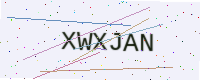
Text: XWXJAN